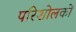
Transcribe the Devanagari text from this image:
परिशोलकों